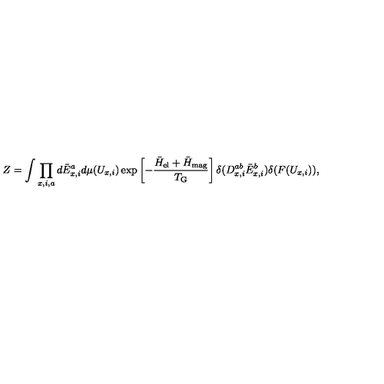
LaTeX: Z = \int \prod _ { x , i , a } d \bar { E } _ { x , i } ^ { a } d \mu ( U _ { x , i } ) \exp \left[ - { \frac { \bar { H } _ { \mathrm { e l } } + \bar { H } _ { \mathrm { m a g } } } { T _ { \mathrm { G } } } } \right] \delta ( D _ { x , i } ^ { a b } \bar { E } _ { x , i } ^ { b } ) \delta ( F ( U _ { x , i } ) ) ,